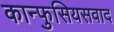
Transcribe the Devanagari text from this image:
कान्फुसियसवाद